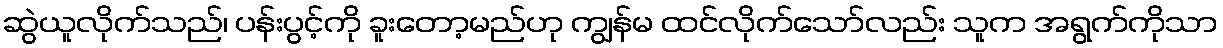
ဆွဲယူလိုက်သည်၊ ပန်းပွင့်ကို ခူးတော့မည်ဟု ကျွန်မ ထင်လိုက်သော်လည်း သူက အရွက်ကိုသာ